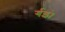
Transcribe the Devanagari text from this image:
र्गइं।